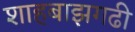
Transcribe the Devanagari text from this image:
शाहबाझगढी